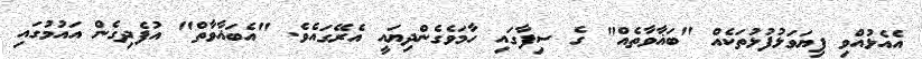
އެއެޅުއްވި ފިޔަވަޅުފުޅުތަކެއް "ބަޣާވާތެއް" ގެ ސިފާގައި ހާމަވެގެންދިޔައީ އެރޭގައެވެ. "އެބަޣާވާތް" އުފެދިގެން އައުމުގައި